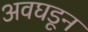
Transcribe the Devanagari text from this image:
अवघडून